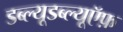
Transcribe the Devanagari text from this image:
डब्ल्यूडब्ल्यूऍफ़